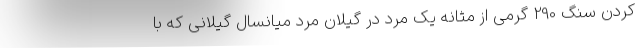
کردن سنگ 290 گرمی از مثانه یک مرد در گیلان مرد میانسال گیلانی که با